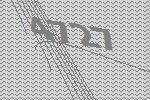
4727